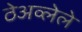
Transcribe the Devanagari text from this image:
ठेअव्लेले